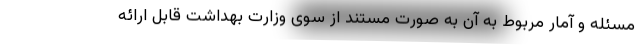
مسئله و آمار مربوط به آن به صورت مستند از سوی وزارت بهداشت قابل ارائه